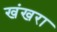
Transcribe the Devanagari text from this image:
खंखरा